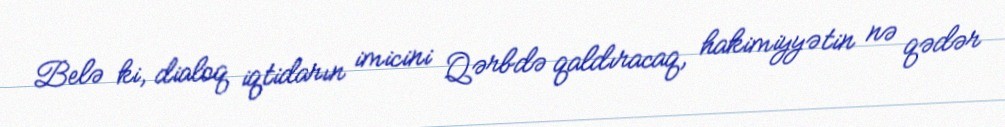
Belə ki, dialoq iqtidarın imicini Qərbdə qaldıracaq, hakimiyyətin nə qədər